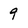
Character: 9